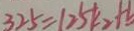
3 2 5 = 1 2 5 k _ { 2 } + b